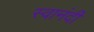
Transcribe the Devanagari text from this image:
स्वानंदीं